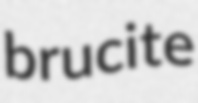
brucite